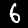
Digit: 6